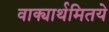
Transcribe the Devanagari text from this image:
वाक्यार्थमितये